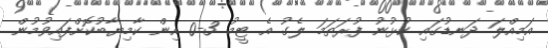
އަމިއްލަ ދަނޑުގައި ކުޅުނު ފުރަތަމަ ލެގު އެ ޓީމު 3-0 އިން ކާމިޔާބުކޮށްފައިވުމުން